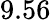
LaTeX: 9.56